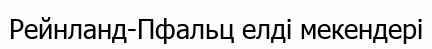
Рейнланд-Пфальц елді мекендері